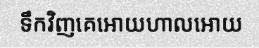
ទឹកវិញគេអោយហាលអោយ